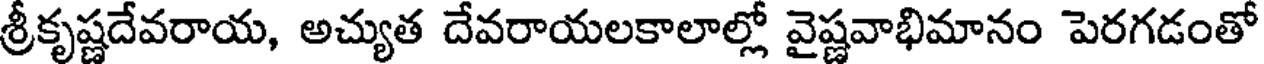
శ్రీకృష్ణదేవరాయ, అచ్యుత దేవరాయలకాలాల్లో వైష్ణవాభిమానం పెరగడంతో